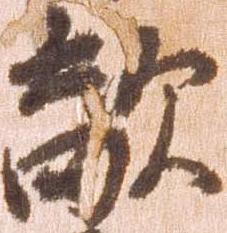
敵